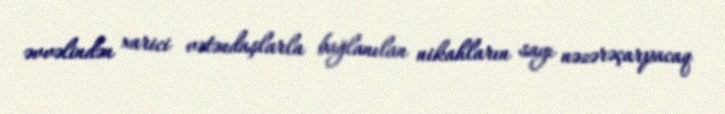
əvvəlindən xarici vətəndaşlarla bağlanılan nikahların sayı nəzərəçarpacaq